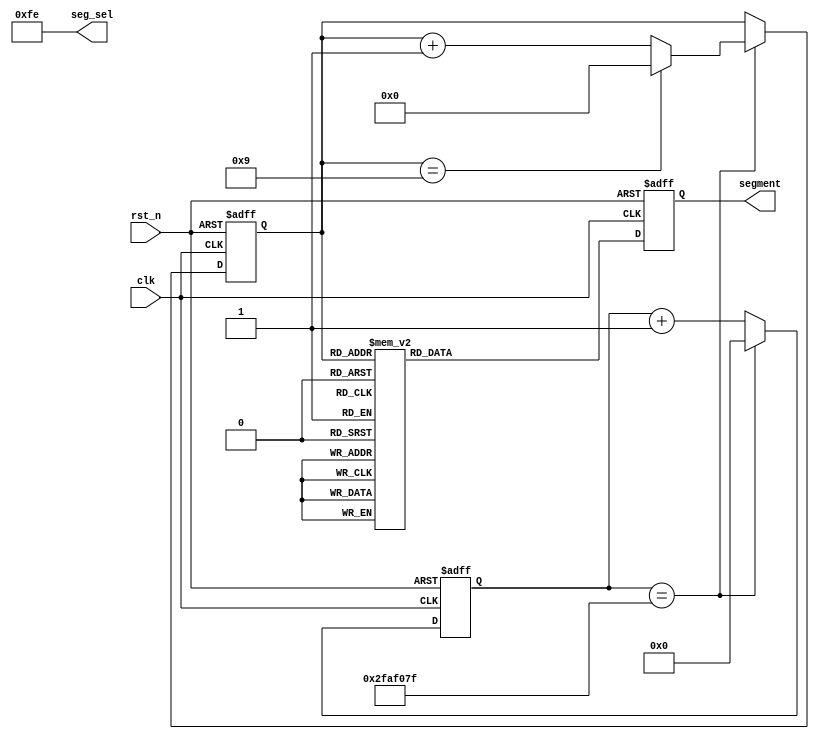
module secondcnt(
    clk    ,
    rst_n  ,

    segment,
    seg_sel
    );

    parameter      TIME_1S =  50000000  ;
    
    //segment 0---9
    parameter      DATA0   = 8'B01000000;
    parameter      DATA1   = 8'B01111001;
    parameter      DATA2   = 8'B00100100;
    parameter      DATA3   = 8'B00110000;
    parameter      DATA4   = 8'B00011001;
    parameter      DATA5   = 8'B00010010;
    parameter      DATA6   = 8'B00000010;
    parameter      DATA7   = 8'B01111000;
    parameter      DATA8   = 8'B00000000;
    parameter      DATA9   = 8'B00010000;

    input               clk     ;
    input               rst_n   ;

    output[7:0]         segment ;
    output[7:0]         seg_sel ;

    reg   [7:0]         segment ;
    wire  [7:0]         seg_sel ;

    reg   [25:0]        cnt     ;
    reg   [3:0 ]        cnt_1s  ;

    //count 1s
    always @(posedge clk or negedge rst_n)begin
        if(!rst_n)begin
            cnt <= 0;
        end
        else begin
            if(cnt == TIME_1S-1)
                cnt <= 0;
            else
                cnt <= cnt + 1;
        end
    end
		
    //count 10s
    always @(posedge clk or negedge rst_n)begin
        if(!rst_n)begin
            cnt_1s <= 0;
        end
        else if(cnt == TIME_1S-1)begin
            if(cnt_1s == 10-1)
                cnt_1s <= 0;
            else
                cnt_1s <= cnt_1s + 1;
        end
    end    
    
    //choose segment
    assign seg_sel = 8'hfe;
    //give data
    always  @(posedge clk or negedge rst_n)begin
        if(rst_n==1'b0)begin
            segment <= DATA0;
        end
        else begin
            case(cnt_1s)
                0: segment <= DATA0;
                1: segment <= DATA1;
                2: segment <= DATA2;
                3: segment <= DATA3;
                4: segment <= DATA4;
                5: segment <= DATA5;
                6: segment <= DATA6;
                7: segment <= DATA7;
                8: segment <= DATA8;
                9: segment <= DATA9;
                default:segment <= 8'hff;
				endcase
        end
    end



    endmodule